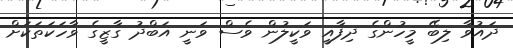
ދައުވާ ލިބޭ މީހުންގެ ދިފާއީ ވަކީލުން ވެސް ވަނީ އަބްދު ގާޒީގެ ވާހަކަތަކަށް